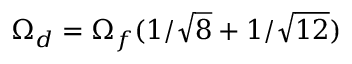
\Omega _ { d } = \Omega _ { f } ( 1 / \sqrt { 8 } + 1 / \sqrt { 1 2 } )